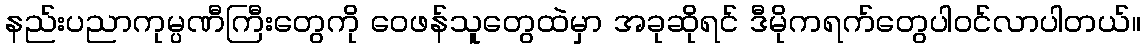
နည်းပညာကုမ္ပဏီကြီးတွေကို ဝေဖန်သူတွေထဲမှာ အခုဆိုရင် ဒီမိုကရက်တွေပါဝင်လာပါတယ်။